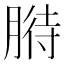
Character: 𦞒